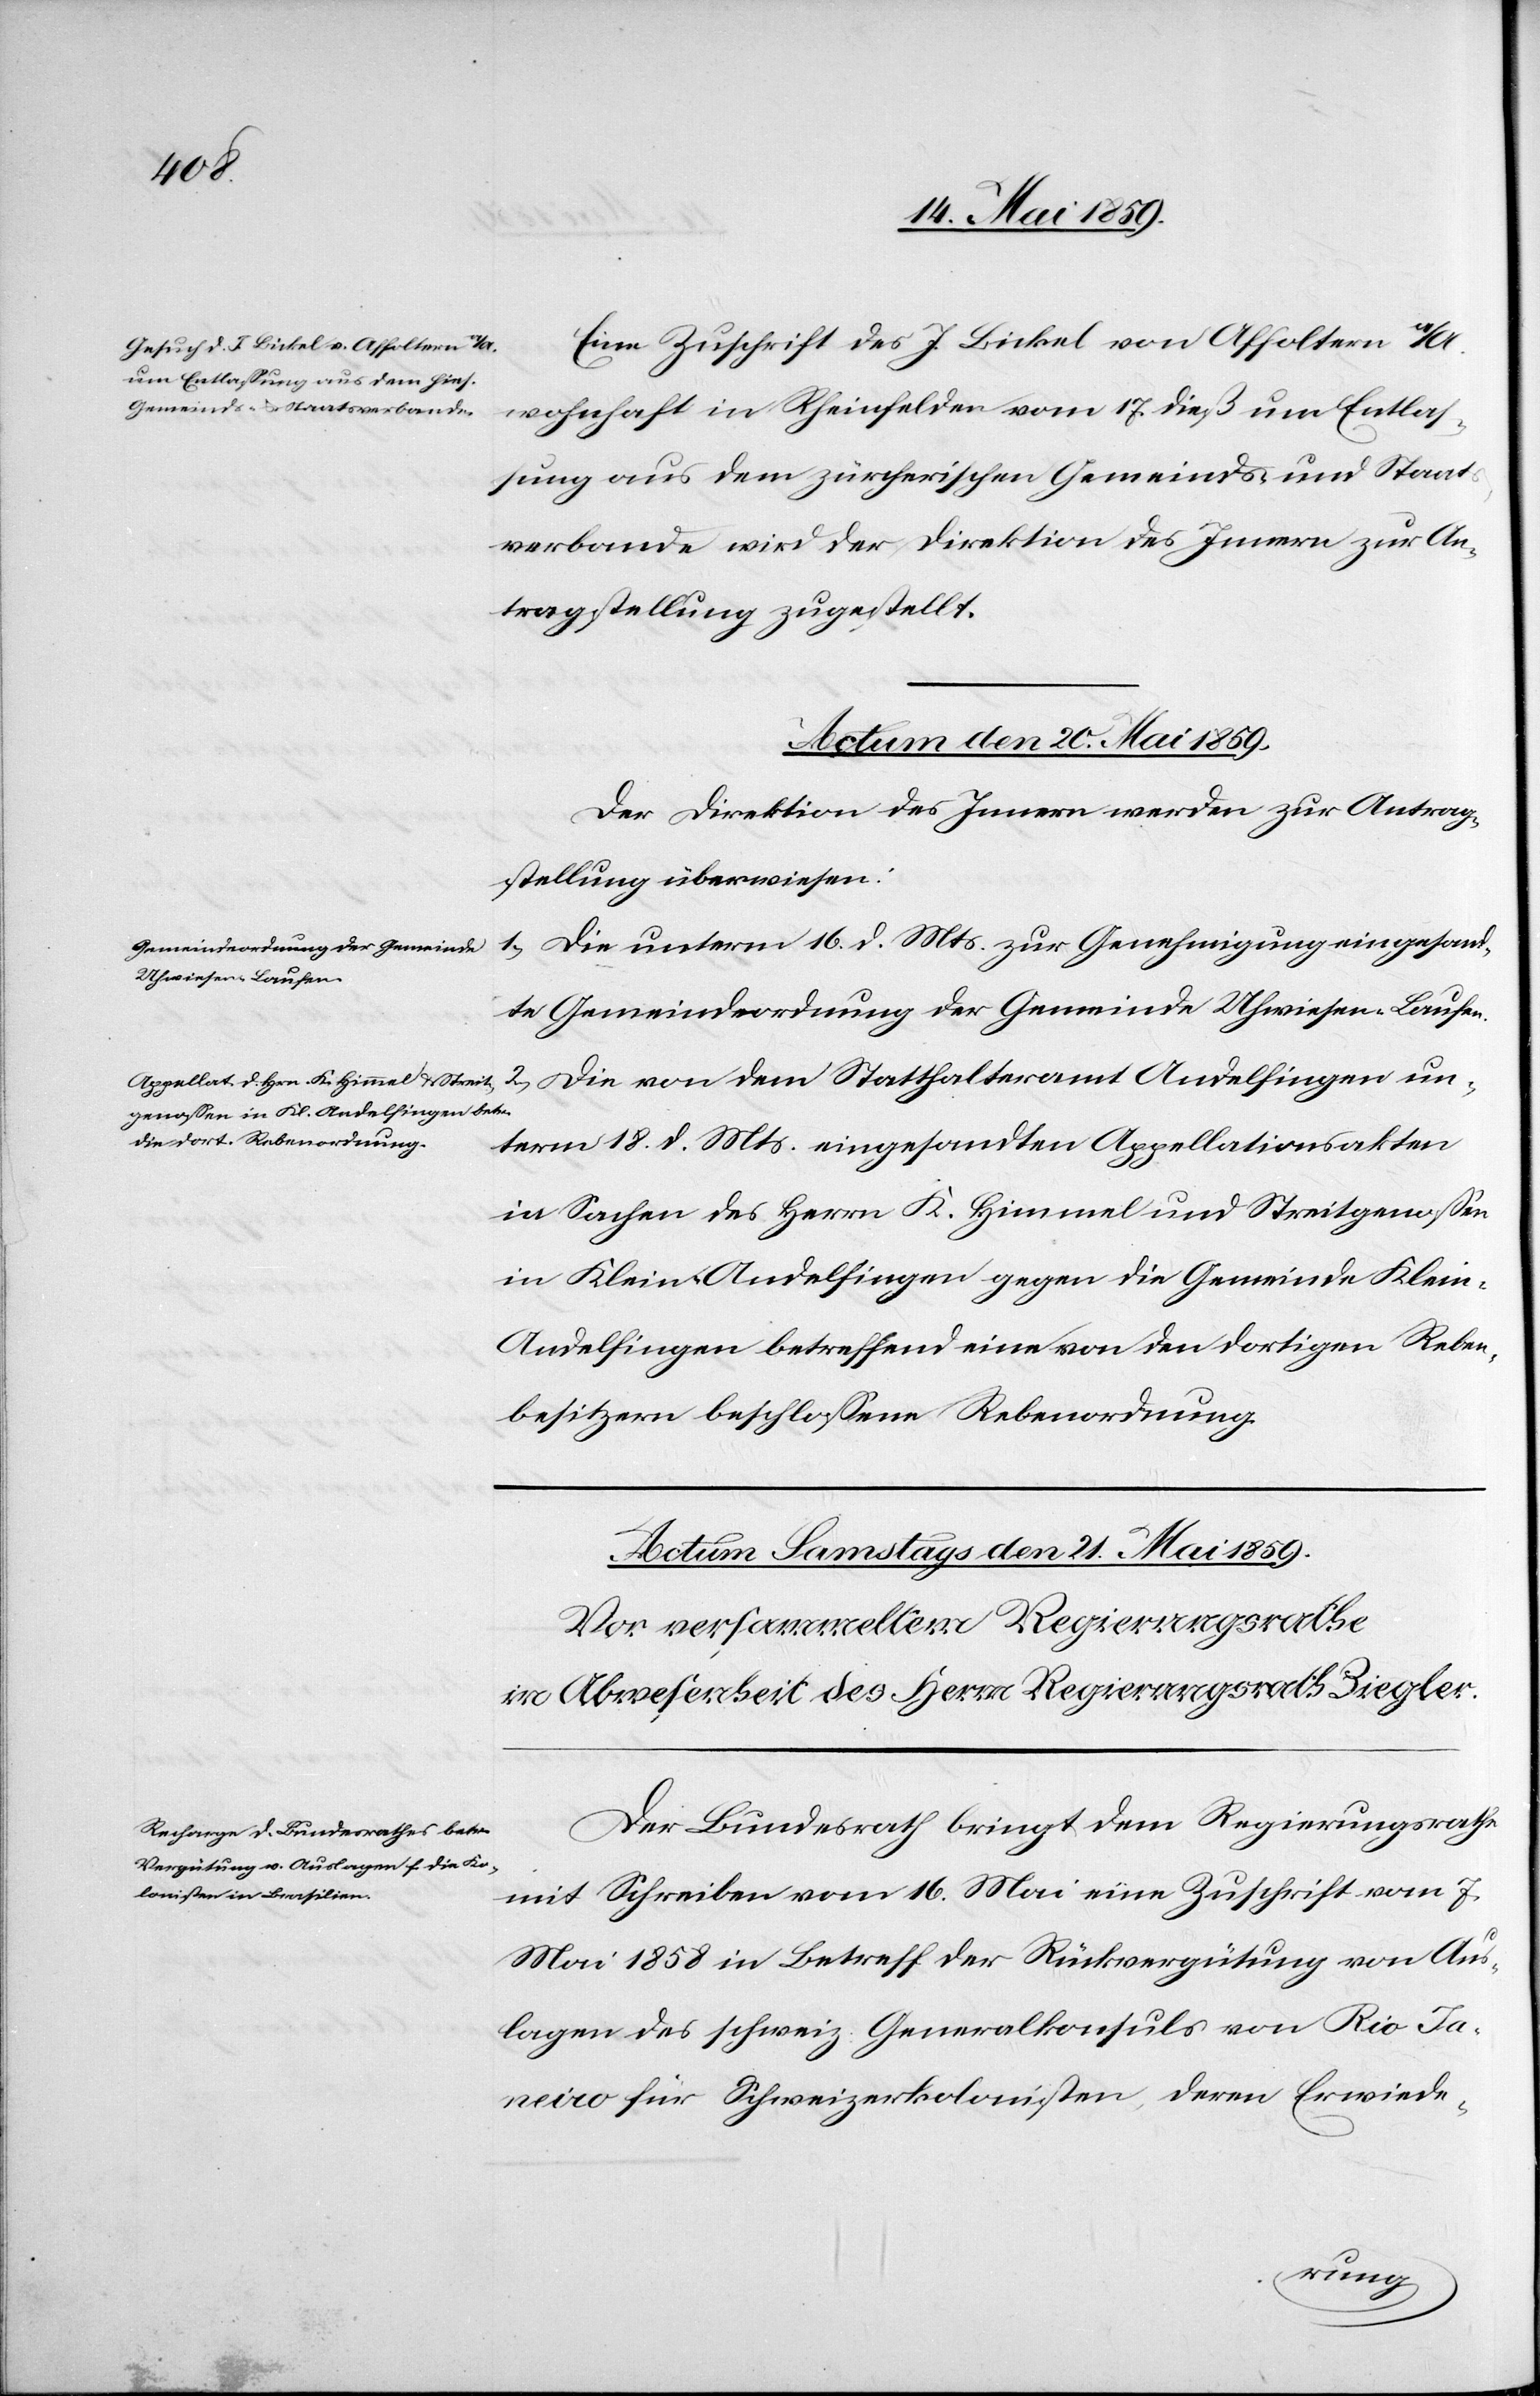
Eine Zuschrift des J. Bickel von Affoltern a/A.
wohnhaft in Rheinfelden vom 17. dieß um Entlaß¬
ung aus dem zürcherischen Gemeinds- und Staats¬
verbande wird der Direktion des Innern zur An¬
tragstellung zugestellt.
Actum den 20. Mai 1859.]
Der Direktion des Innern werden zur Antrag¬
stellung überwiesen:
1) Die unterm 16. d. Mts. zur Genehmigung eingesand¬
te Gemeindeordnung der Gemeinde Uhwiesen-Laufen.
2) Die von dem Statthalteramt Andelfingen un¬
term 18. d. Mts. eingesandten Appellationsakten
in Sachen des Herrn K. Himmel und Streitgenoßen
in Klein-Andelfingen gegen die Gemeinde Klein-A¬
ndelfingen betreffend eine von den dortigen Reben¬
besitzern beschloßene Rebenordnung.
Der Bundesrath bringt dem Regierungsrathe
mit Schreiben vom 16. Mai eine Zuschrift vom 7.
Mai 1858 in Betreff der Rückvergütung von Aus¬
lagen des schweiz. Generalkonsuls von Rio Ja¬
neiro für Schweizerkolonisten, deren Erwiede-